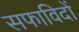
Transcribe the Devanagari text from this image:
सफाविदों